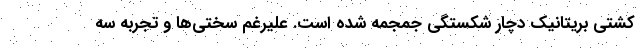
کشتی بریتانیک دچار شکستگی جمجمه شده است. علیرغم سختی‌ها و تجربه سه